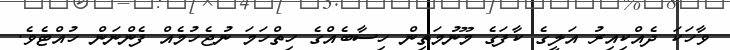
ވާހަކަ ދެއްކިއިރު އަލީގެ ކާފަގެ މޫނުމަތިން ހިސާބެއްގެ ހިތްހަމަ ނުޖެހުމެއް ފެންނަން ހުއްޓެވެ.